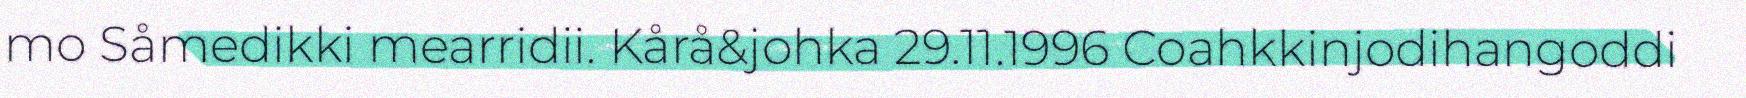
mo Såmedikki mearridii. Kårå&johka 29.11.1996 Coahkkinjodihangoddi